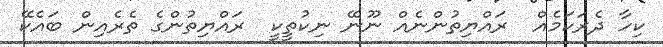
ކިހާ ދެރަކަމެއް  ރައްޔިތުންނެއް ނޫނޭ ނިކުތީކީ  ރައްޔިތުންގެ ތެރެއިން ބައެކޭ